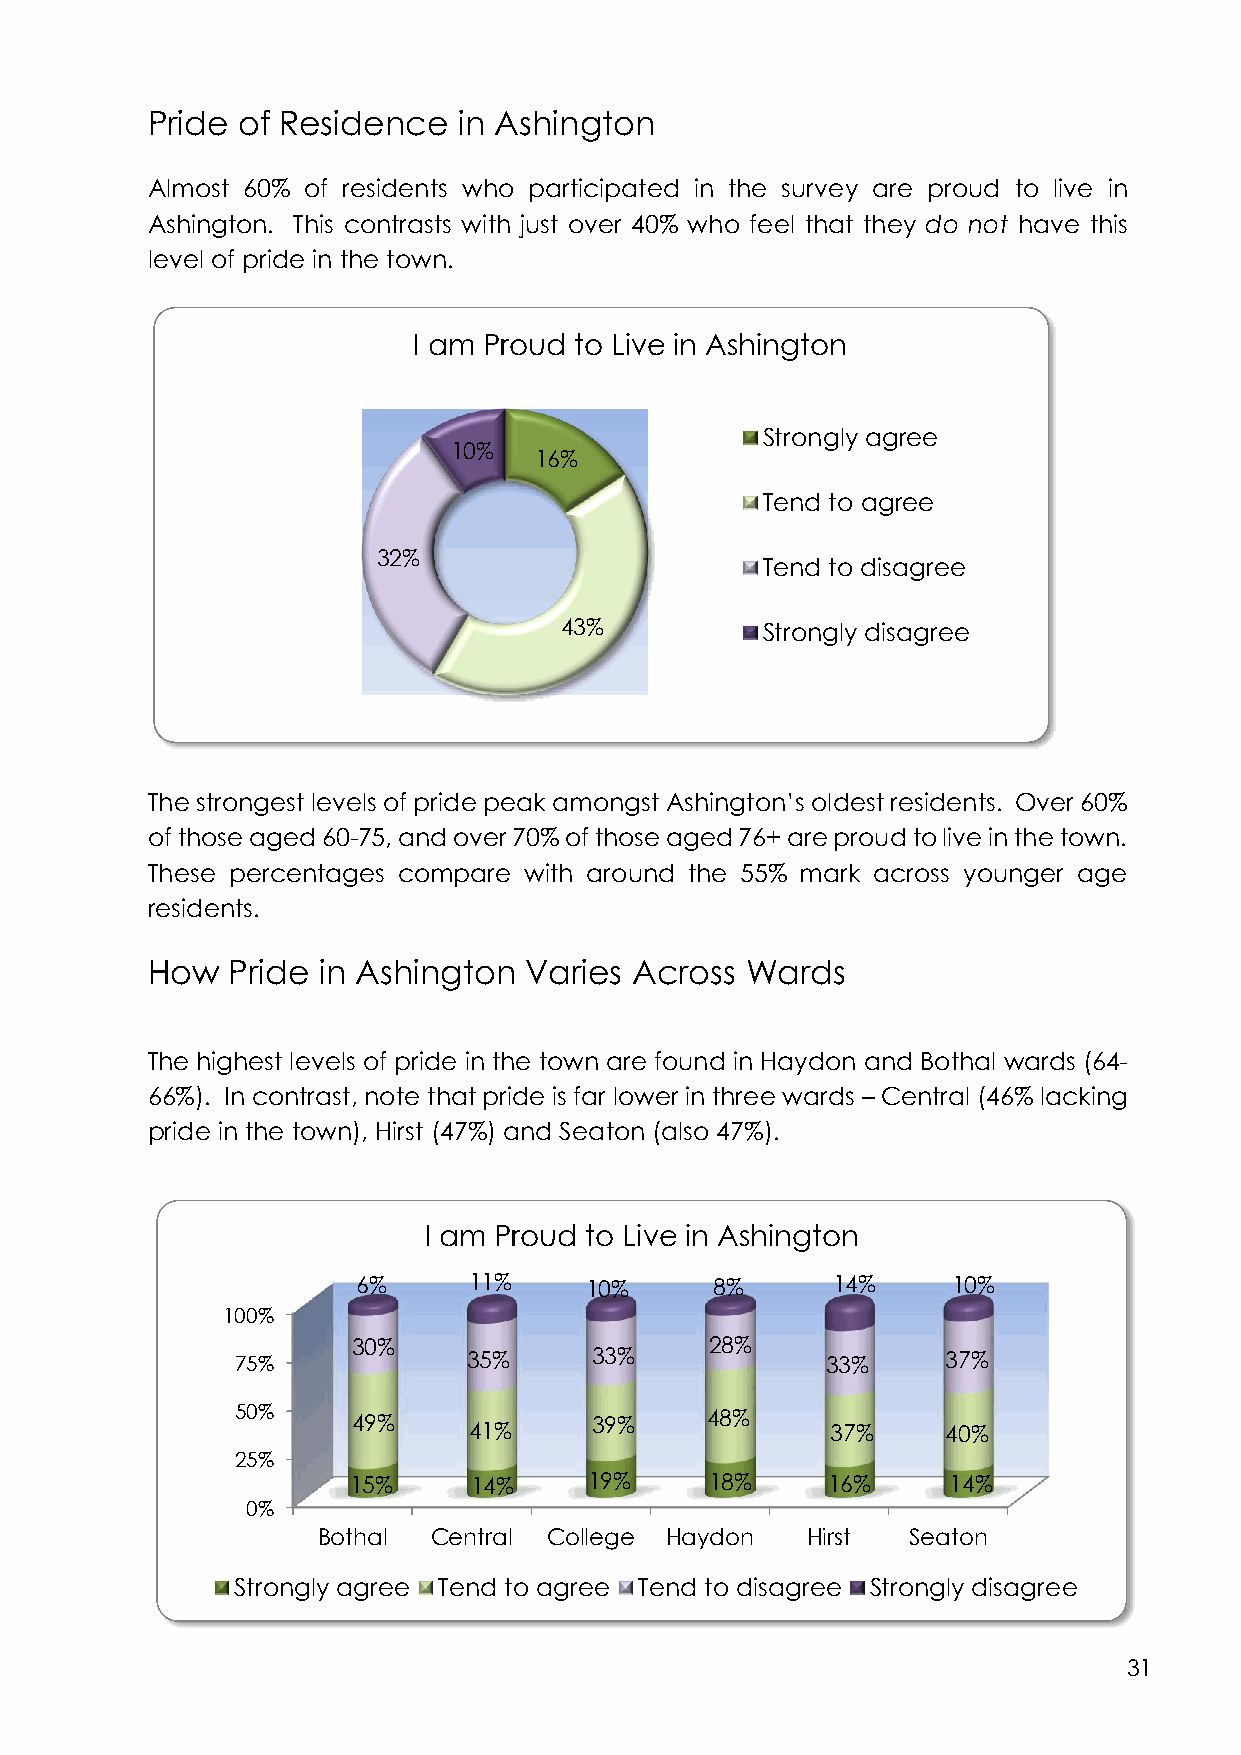
Pride of Residence  in Ashington
 Almost 60% of residents who participated in the survey are proud to live in
 Ashington. This contrasts with just over 40% who feel that they do not have this
 level of pride in the town.
 I am Proud to Live in Ashington
 Strongly agree
 10%
 16%
 Tend to agree
 32%
 Tend to disagree
 43%          Strongly disagree
 The strongest levels of pride peak amongst Ashington’s oldest residents. Over 60%
 of those aged 60-75, and over 70% of those aged 76+ are proud to live in the town.
 These percentages compare with around the 55% mark across younger age
 residents.
 How  Pride in Ashington  Varies Across Wards
 The highest levels of pride in the town are found in Haydon and Bothal wards (64-
 66%). In contrast, note that pride is far lower in three wards – Central (46% lacking
 pride in the town), Hirst (47%) and Seaton (also 47%).
 I am Proud to Live in Ashington
 6%     11%     10%     8%      14%     10%
 100%
 30%                     28%
 75%            35%     33%             33%     37%
 50%    49%     41%     39%     48%     37%     40%
 25%
 15%     14%     19%     18%     16%     14%
 0%
 Bothal Central College Haydon   Hirst  Seaton
 Strongly agree Tend to agree Tend to disagree Strongly disagree
 31